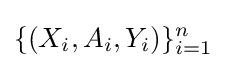
\{(X_{i},A_{i},Y_{i})\}_{i=1}^{n}